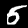
Label: 5